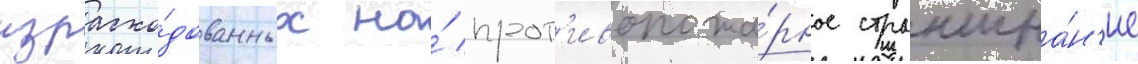
израсхо́дованных на́ прот'ивопожа́рное страхова́н'ие